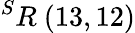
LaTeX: ^{S}R\ (13,12)